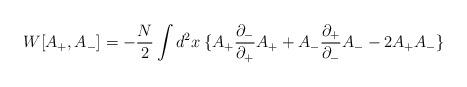
LaTeX: \begin{align*}W[A_+,A_-]= -{ N\over 2} \int d^2x\: \{A_+ {\partial_-\over \partial_+}A_+ + A_- {\partial_+\over \partial_-}A_- - 2 A_+ A_-\}\end{align*}